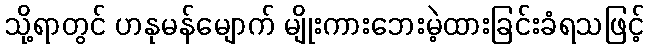
သို့ရာတွင် ဟနုမန်မျောက် မျိုးကားဘေးမဲ့ထားခြင်းခံရသဖြင့်